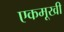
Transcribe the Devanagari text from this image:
एकमूखी